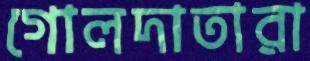
গোলদাতারা